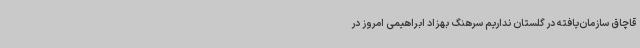
قاچاق سازمان‌یافته در گلستان نداریم سرهنگ بهزاد ابراهیمی امروز در